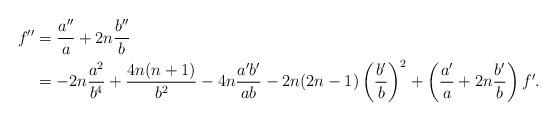
LaTeX: \begin{align*}f'' &= \frac{a''}{a} + 2n \frac{b''}{b} \\ &= - 2n \frac{a^2}{b^4}+ \frac{4n(n+1)}{b^2}- 4n \frac{a'b'}{ab} - 2n(2n-1)\left(\frac{b'}{b}\right)^2 + \left(\frac{a'}{a}+ 2n \frac{b'}{b}\right) f'.\end{align*}